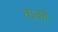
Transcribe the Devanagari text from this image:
ताकौ